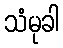
သံမုခါ